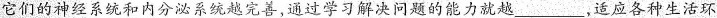
它们的神经系统和内分泌系统越完善，通过学习解决问题的能力就越___，适应各种生活环